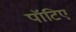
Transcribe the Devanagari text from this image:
पॉटिए